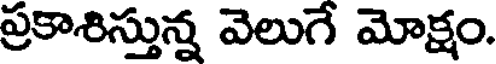
ప్రకాశిస్తున్న వెలుగే మోక్షం.